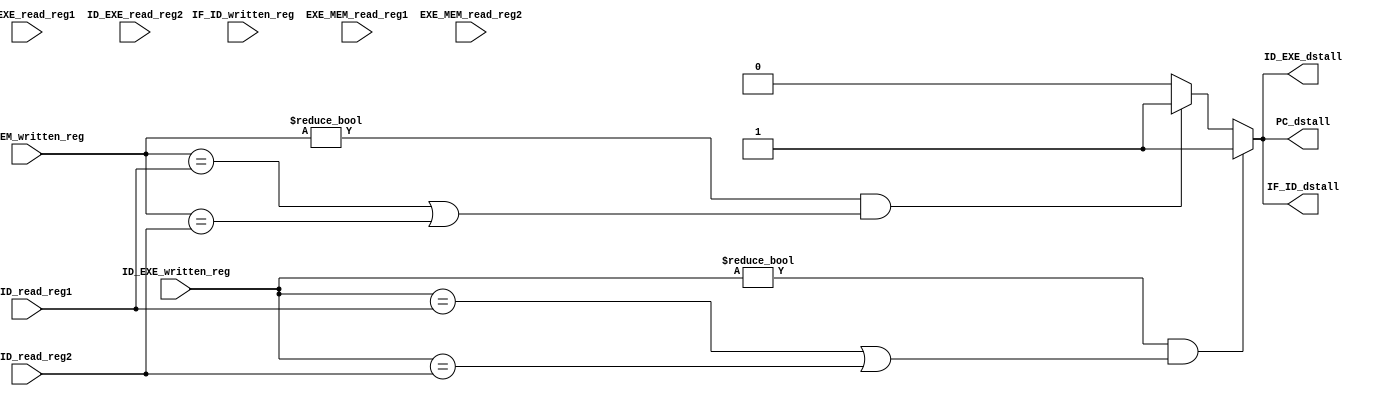
`timescale 1ps / 1ps
//////////////////////////////////////////////////////////////////////////////////
// Company: 
// Engineer: 
// 
// Design Name: 
// Module Name: Data_Stall
// Project Name: 
// Target Devices: 
// Tool Versions: 
// Description: 
// 
// Dependencies: 
// 
// Revision:
// Revision 0.01 - File Created
// Additional Comments:
// 
//////////////////////////////////////////////////////////////////////////////////


module Data_Stall(
        input [4:0] IF_ID_written_reg,
        input [4:0] IF_ID_read_reg1,
        input [4:0] IF_ID_read_reg2,
        input [4:0] ID_EXE_written_reg,
        input [4:0] ID_EXE_read_reg1,
        input [4:0] ID_EXE_read_reg2,
        input [4:0] EXE_MEM_written_reg,
        input [4:0] EXE_MEM_read_reg1,
        input [4:0] EXE_MEM_read_reg2,
        
        output reg PC_dstall,
        output reg IF_ID_dstall,
        output reg ID_EXE_dstall       
    );
    always @ (*) begin
        PC_dstall = 0;
        IF_ID_dstall = 0;
        ID_EXE_dstall = 0;
        if (ID_EXE_written_reg != 0 && (ID_EXE_written_reg == IF_ID_read_reg1 || ID_EXE_written_reg == IF_ID_read_reg2)) begin
                PC_dstall = 1;
                IF_ID_dstall = 1;
                ID_EXE_dstall = 1;
        end
        else if (EXE_MEM_written_reg != 0 && (EXE_MEM_written_reg == IF_ID_read_reg1 || EXE_MEM_written_reg == IF_ID_read_reg2)) begin
                PC_dstall = 1;
                IF_ID_dstall = 1;
                ID_EXE_dstall = 1;
        end
    end
endmodule